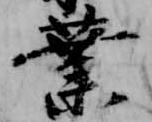
業